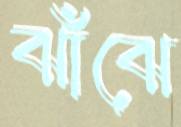
ঝাঁঝে